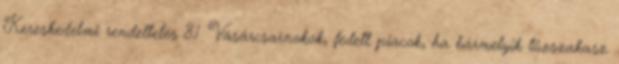
Kereskedelmi rendeltetés 8.1. Vásárcsarnokok, fedett piacok, ha bármelyik tûzszakasz